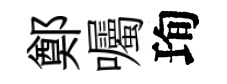
鄭囑珣